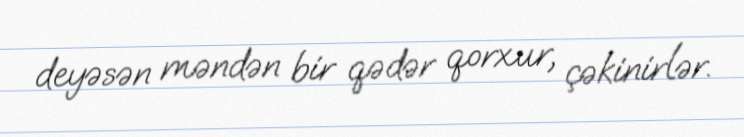
deyəsən məndən bir qədər qorxur, çəkinirlər.